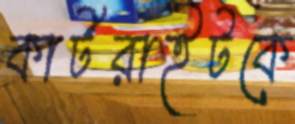
কার্টরাইটকে